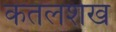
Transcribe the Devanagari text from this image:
कतलशेख